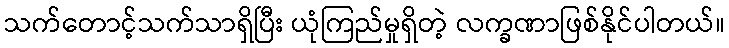
သက်တောင့်သက်သာရှိပြီး ယုံကြည်မှုရှိတဲ့ လက္ခဏာဖြစ်နိုင်ပါတယ်။